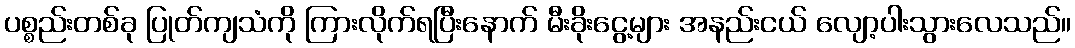
ပစ္စည်းတစ်ခု ပြုတ်ကျသံကို ကြားလိုက်ရပြီးနောက် မီးခိုးငွေ့များ အနည်းငယ် လျော့ပါးသွားလေသည်။